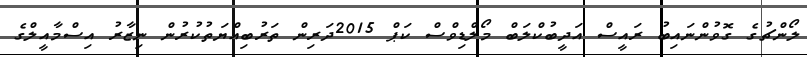
ލޯންޗުގެ ގޮވުންނައިބު ރައީސް އަދީބުކްލަބް މޯލްޑިވްސް ކަޕް 2015ދަރިން ތަރުބިއްޔަތުކުރުން ނިޒާރު އިސްމާއީލްގެ